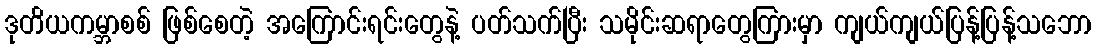
ဒုတိယကမ္ဘာစစ် ဖြစ်စေတဲ့ အကြောင်းရင်းတွေနဲ့ ပတ်သက်ပြီး သမိုင်းဆရာတွေကြားမှာ ကျယ်ကျယ်ပြန့်ပြန့်သဘော